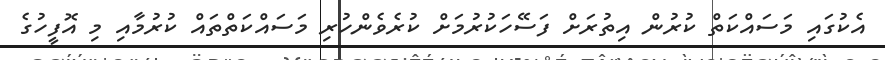
އެކުގައި މަސައްކަތް ކުރުން އިތުރަށް ފަސޭހަކުރުމަށް ކުރެވެންހުރި މަސައްކަތްތައް ކުރުމާއި މި އޮފީހުގެ